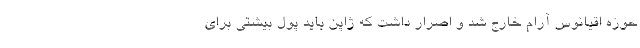
حوزه اقیانوس آرام خارج شد و اصرار داشت که ژاپن باید پول بیشتی برای